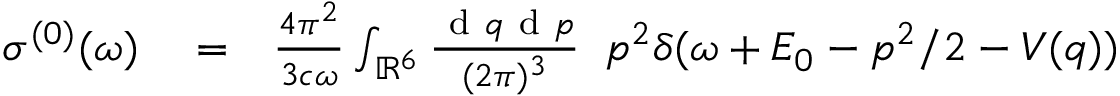
\begin{array} { r l r } { \sigma ^ { ( 0 ) } ( \omega ) } & { { } = } & { \frac { 4 \pi ^ { 2 } } { 3 c \omega } \int _ { \mathbb { R } ^ { 6 } } \frac { \ensuremath { \mathrm { ~ d ~ } } \b { q } \ensuremath { \mathrm { ~ d ~ } } \b { p } } { ( 2 \pi ) ^ { 3 } } \; \; p ^ { 2 } \delta ( \omega + E _ { 0 } - p ^ { 2 } / 2 - V ( q ) ) } \end{array}